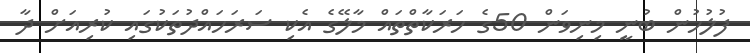
ފުލުހުން ބުނީ މިނިވަން 50ގެ ހަރަކާތްތައް މާލޭގެ އެކި ސަރަހައްދުތަކުގައި ކުރިއަށް ދާ